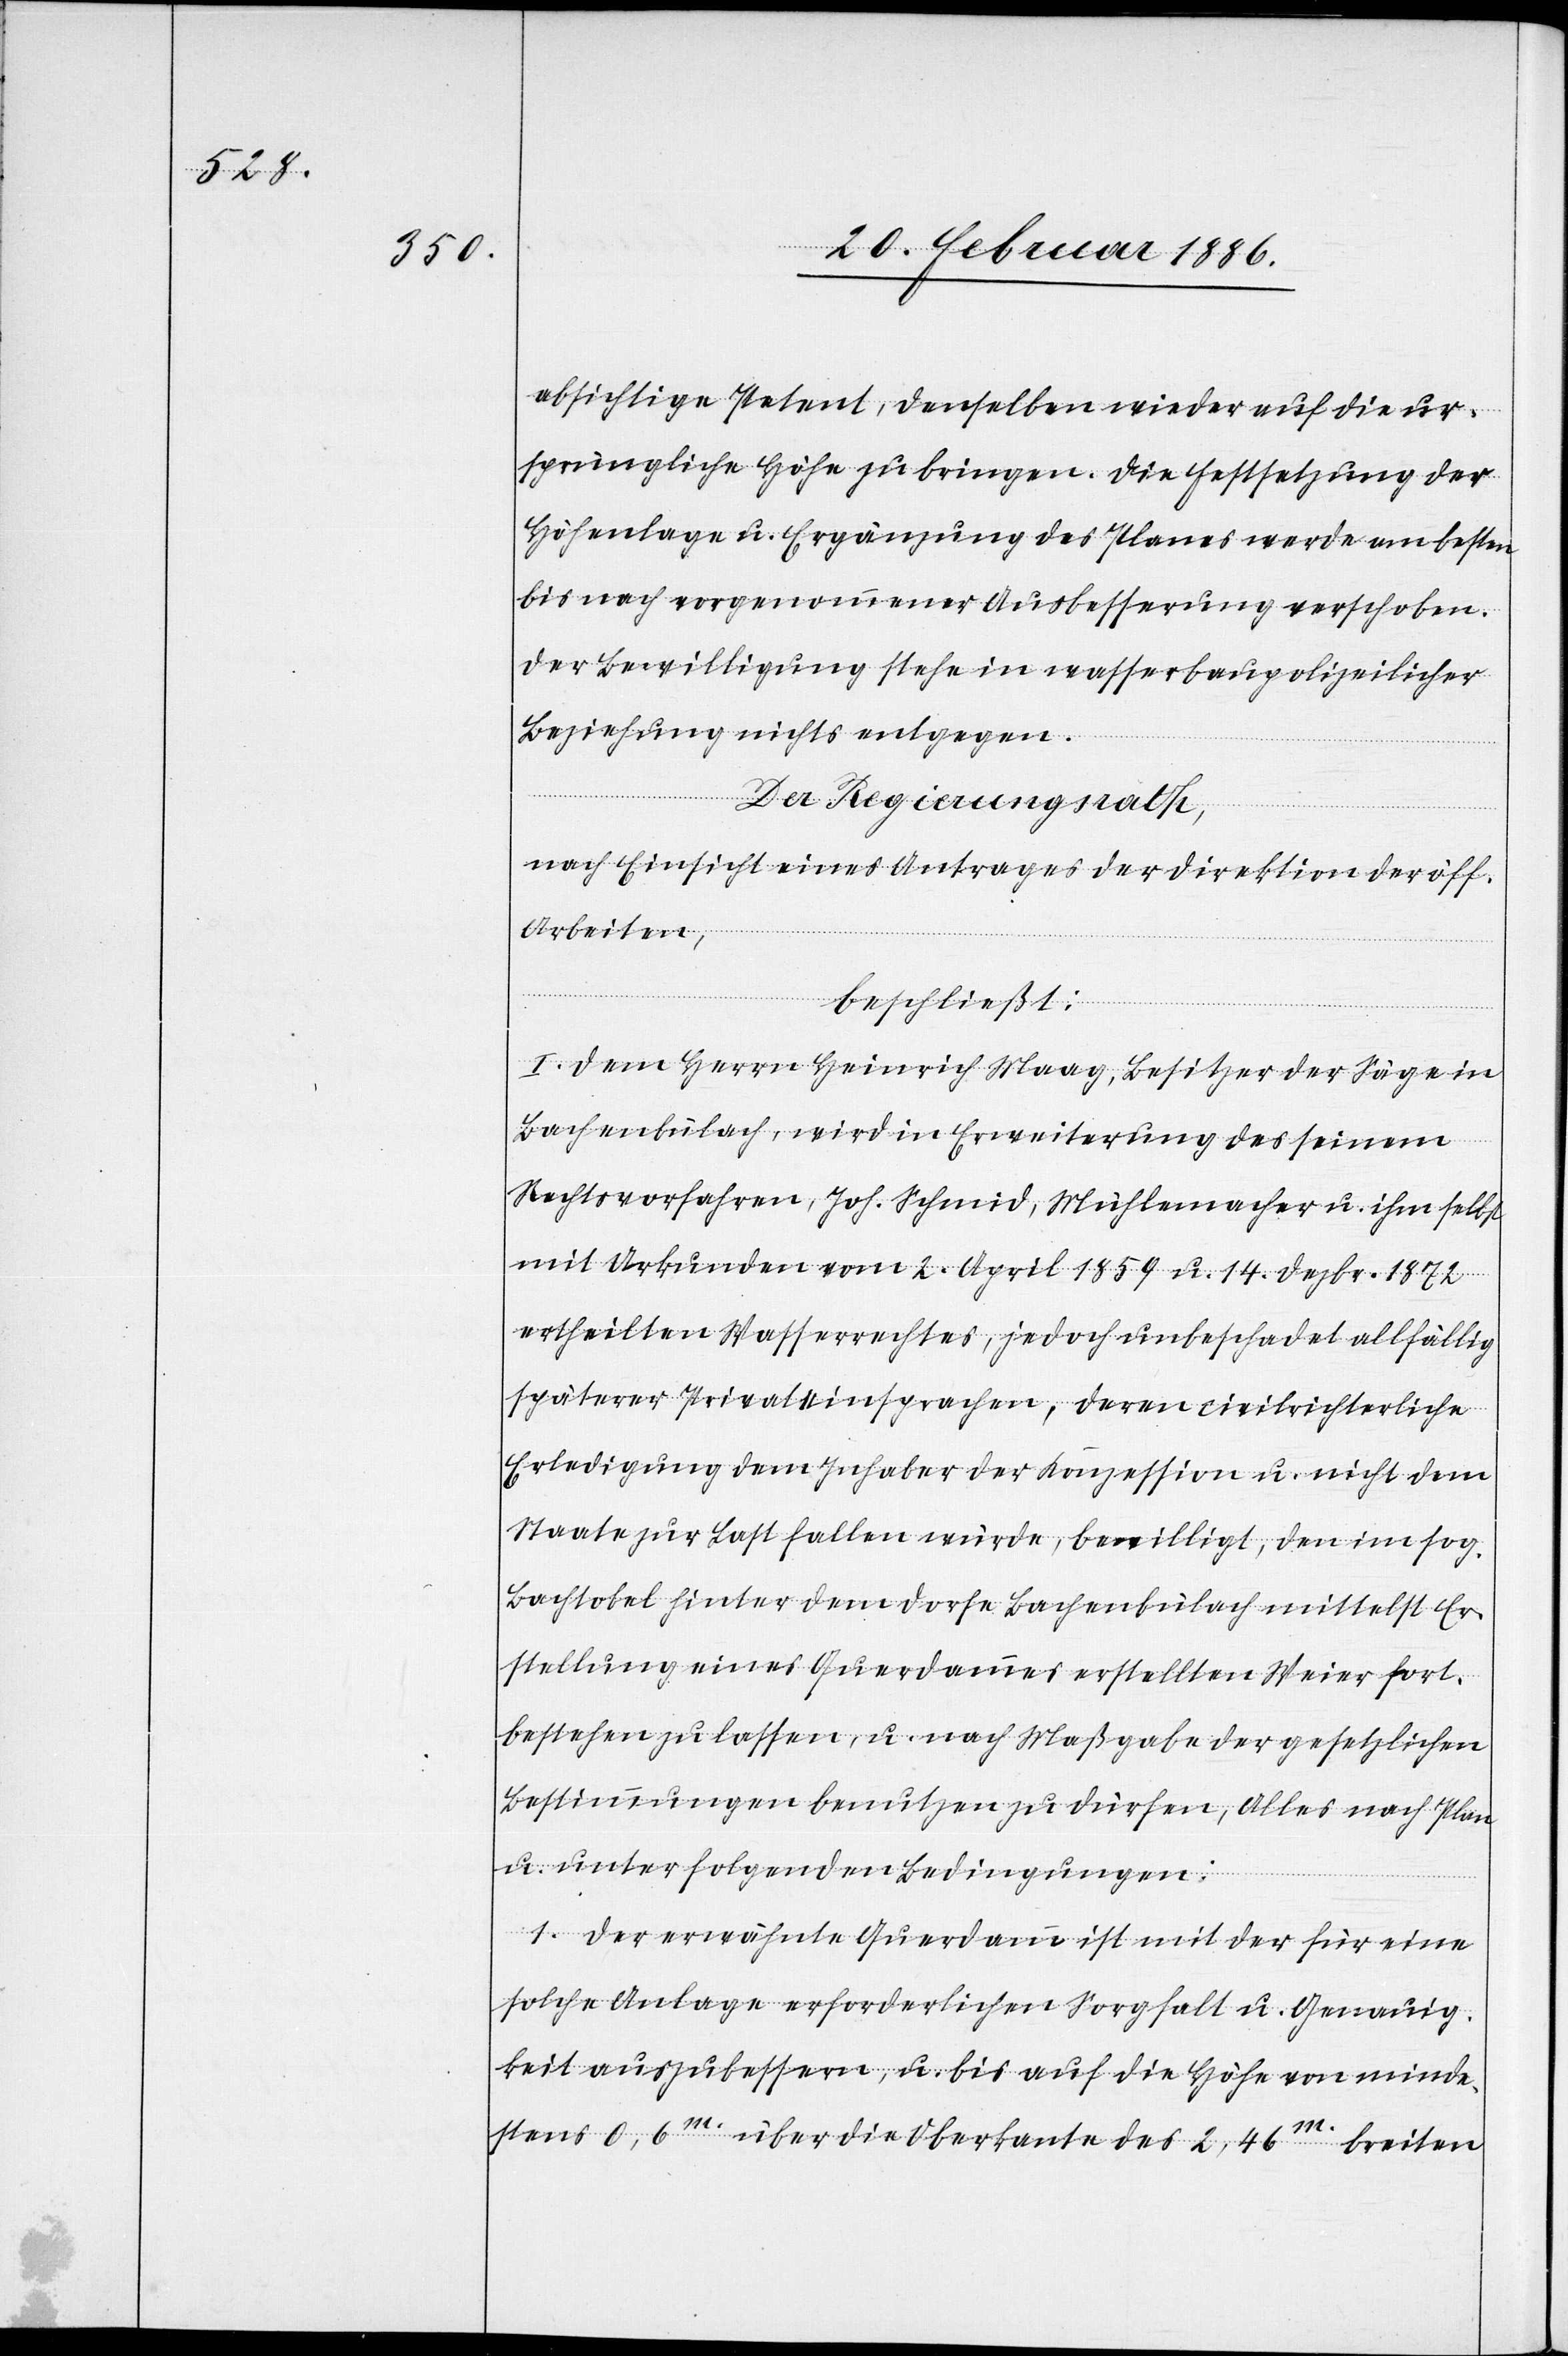
absichtige Petent, denselben wieder auf die ur¬
sprüngliche Höhe zu bringen. Die Festsetzung der
Höhenanlage u. Ergänzungen des Planes werden am besten
bis nach vorgenommener Ausbesserung verschoben.
Der Bewilligung stehe in wasserbaupolizeilicher
Beziehung nichts entgegen.
Der Regierungsrath,
nach Einsicht eines Antrags der Direktion der öff¬
Arbeiten,
tlichen
beschließt:
I. Dem Herrn Heinrich Maag, Besitzer der Säge in
Bachenbülach, wird in Erweiterung des seinem
Rechtsvorfahren, Joh. Schmid, Mühlenmacher u. ihm selbst
mit Urkunde vom 2. April 1859 u. 14. Dezbr. 1872
ertheilten Wasserrechtes, jedoch unbeschadet allfällig
späterer Privateinsprachen, deren civilrichterliche
Erledigung dem Inhaber der Konzession u. nicht dem
Staate zur Last fallen würde, bewilligt, dem im sog.
Bachtobel hinter dem Dorfe Bachenbülach mittelst Er¬
stellung eines Querdammes erstellten Weise fort¬
bestehen zu lassen u. nach Maßgabe der gesetzlichen
Bestimmungen benutzen zu dürfen, alle nach Plan
u. unter folgenden Bedingungen:
1. Der erwähnte Querdamm ist mit der für eine
solche Anlage erforderlichen Sorgfalt u. Genauig¬
keit auszubessern, u. bis auf die Höhe von minde¬
stens 0,6m. über die Oberkante des 2,46m. breiten